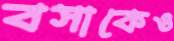
বসাকেও